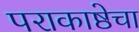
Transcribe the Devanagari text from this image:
पराकाष्ठेचा